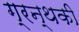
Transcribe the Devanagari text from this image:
ग्रन्थकी